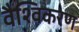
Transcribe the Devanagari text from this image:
वैश्विकरण